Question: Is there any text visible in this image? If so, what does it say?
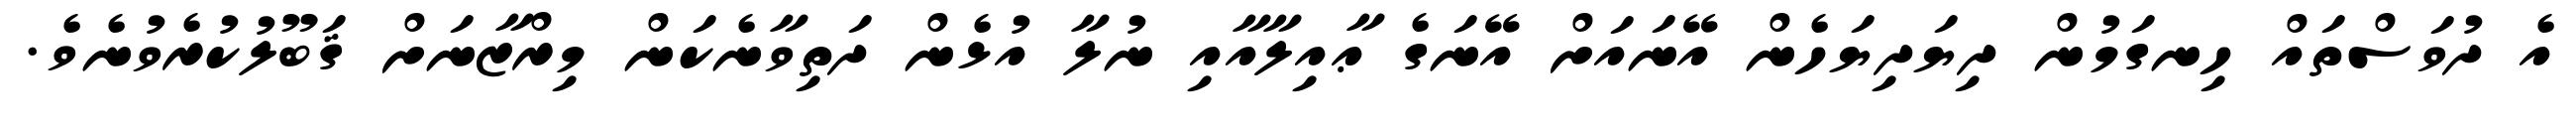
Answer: އެ ދުވަސްތައް ހިނގަމުން ދިޔަދިޔަހެން އޭނައަށް އޭނަގެ ޢާއިލާއާއި ނުލާ އުޅެން ދަތިވާނެކަން މިރްޒާނަށް ޤަބޫލުކުރެވުނެވެ.